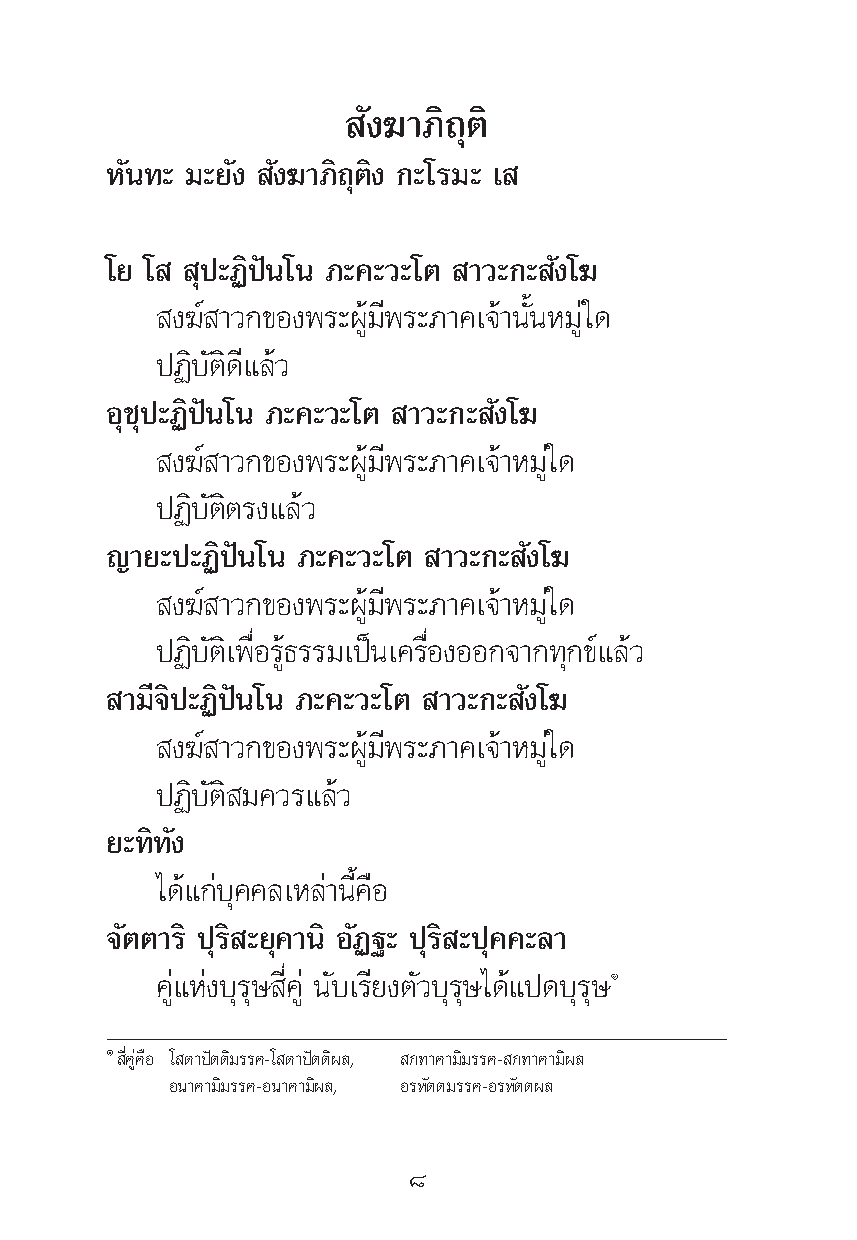
—ß¶“¿‘∂ÿμ‘
 À—π∑– ¡–¬—ß —ß¶“¿‘∂ÿμ‘ß °–‚√¡– ‡
 ‚¬ ‚  ÿª–Ø‘ªíπ‚π ¿–§–«–‚μ “«–°– —ß‚¶
 ß¶å “«°¢Õßæ√–ºŸâ¡’æ√–¿“§‡®â“π—ÈπÀ¡Ÿà„¥
 ªØ‘∫—μ‘¥’·≈â«
 Õÿ™ÿª–Ø‘ªíπ‚π ¿–§–«–‚μ “«–°– —ß‚¶
 ß¶å “«°¢Õßæ√–ºŸâ¡’æ√–¿“§‡®â“À¡Ÿà„¥
 ªØ‘∫—μ‘μ√ß·≈â«
 ≠“¬–ª–Ø‘ªíπ‚π ¿–§–«–‚μ “«–°– —ß‚¶
 ß¶å “«°¢Õßæ√–ºŸâ¡’æ√–¿“§‡®â“À¡Ÿà„¥
 ªØ‘∫—μ‘‡æ◊ËÕ√Ÿâ∏√√¡‡ªìπ‡§√◊ËÕßÕÕ°®“°∑ÿ°¢å·≈â«
 “¡’®‘ª–Ø‘ªíπ‚π ¿–§–«–‚μ “«–°– —ß‚¶
 ß¶å “«°¢Õßæ√–ºŸâ¡’æ√–¿“§‡®â“À¡Ÿà„¥
 ªØ‘∫—μ‘ ¡§«√·≈â«
 ¬–∑‘∑—ß
 ‰¥â·°à∫ÿ§§≈‡À≈à“π’È§◊Õ
 ®—μμ“√‘ ªÿ√‘ –¬ÿ§“π‘ Õ—Ø∞– ªÿ√‘ –ªÿ§§–≈“
 §Ÿà·Ààß∫ÿ√ÿ… ’Ë§Ÿà π—∫‡√’¬ßμ—«∫ÿ√ÿ…‰¥â·ª¥∫ÿ√ÿ…Ò
 Ò ’Ë§Ÿà§◊Õ ‚ ¥“ªíμμ‘¡√√§-‚ ¥“ªíμμ‘º≈, °∑“§“¡‘¡√√§- °∑“§“¡‘º≈
 Õπ“§“¡‘¡√√§-Õπ“§“¡‘º≈, Õ√À—μμ¡√√§-Õ√À—μμº≈
 ¯